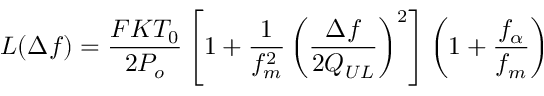
L ( \Delta f ) = \frac { F K T _ { 0 } } { 2 P _ { o } } \left[ 1 + \frac { 1 } { f _ { m } ^ { 2 } } \left( \frac { \Delta f } { 2 Q _ { U L } } \right) ^ { 2 } \right] \left( 1 + \frac { f _ { \alpha } } { f _ { m } } \right)